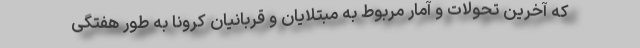
که آخرین تحولات و آمار مربوط به مبتلایان و قربانیان کرونا به طور هفتگی